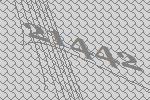
21442